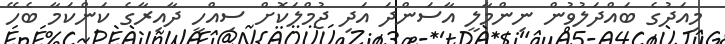
މިއަދުގެ ބައްދަލުވުން ނިންމާލީ އާސަންދަ އަދި ޖުމްލަކޮށް ސިއްހީ ދާއިރާގެ ކަންކަމާ ބެހޭ